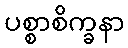
ပစ္စာစိက္ခနာ